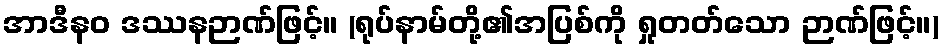
အာဒီနဝ ဒဿနဉာဏ်ဖြင့်။ (ရုပ်နာမ်တို့၏အပြစ်ကို ရှုတတ်သော ဉာဏ်ဖြင့်။)